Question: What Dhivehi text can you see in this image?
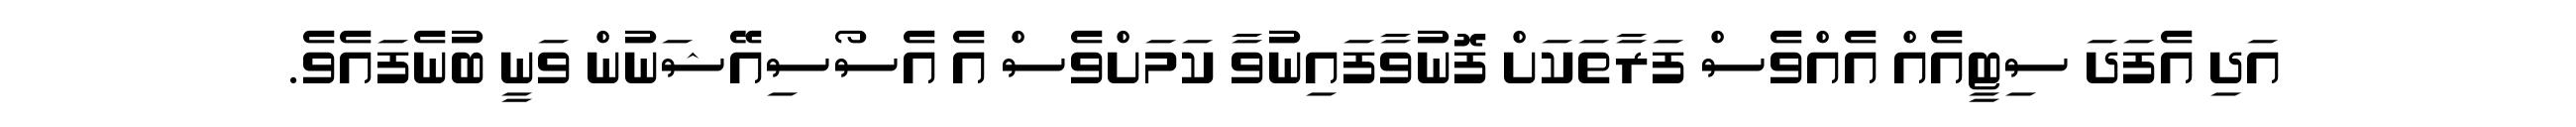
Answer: އަދި އެފަދަ ސިޓީއެއް އެއްވެސް ފަރާތަކަށް ފޮނުވާފައިނުވާ ކަމަށްވެސް އެ އެސޯސިއޭޝަނުން ވަނީ ބުނެފައެވެ.